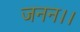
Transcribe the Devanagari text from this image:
जनन।।